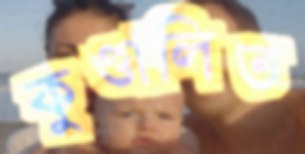
কুণ্ডালিত